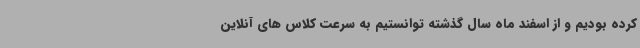
کرده بودیم و از اسفند ماه سال گذشته توانستیم به سرعت کلاس های آنلاین